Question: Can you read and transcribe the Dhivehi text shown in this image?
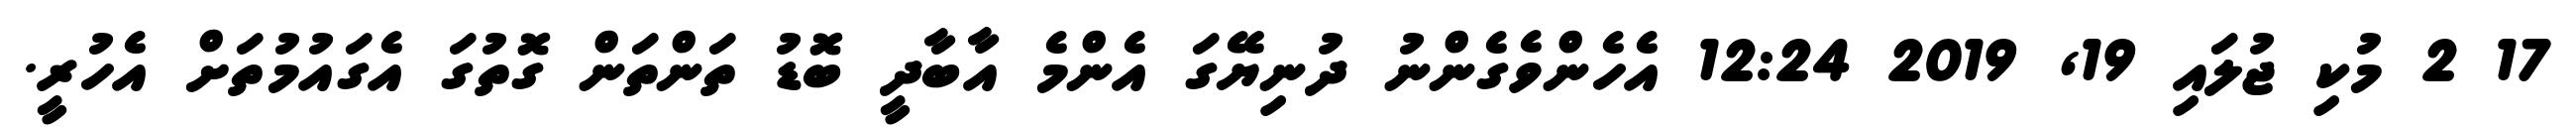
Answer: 17 2 މުކި ޖުލައި 19, 2019 12:24 އެހެންވެގެންނު ދުނިޔޭގަ އެންމެ އާބާދީ ބޮޑު ތަންތަން ގޮތުގަ އެގައުމުތަށް އެހުރީ.